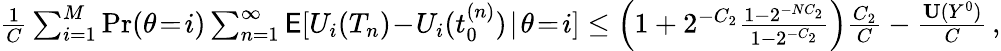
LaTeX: \begin{array}{r}{\frac{1}{C}\sum_{i=1}^{M}\operatorname*{Pr}(\theta\! =\! i)\sum_{n=1}^{\infty}\mathsf{E}[U_{i}(T_{n})\! -\! U_{i}(t_{0}^{(n)})\! \mid\! \theta\! =\! i]\le\left(1+2^{-C_{2}}\frac{1-2^{-NC_{2}}}{1-2^{-C_{2}}}\right)\frac{C_{2}}{C}-\frac{\mathbf{U}(Y^{0})}{C}\, ,}\end{array}